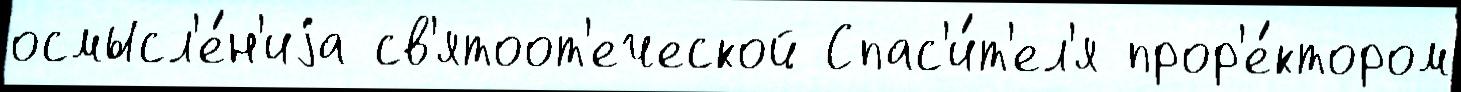
осмысл'е́н'иjа св'ятоот'еческой Спас'и́т'ел'я прор'е́ктором